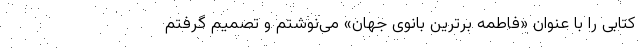
کتابی را با عنوان «فاطمه برترین بانوی جهان» می‌نوشتم و تصمیم گرفتم